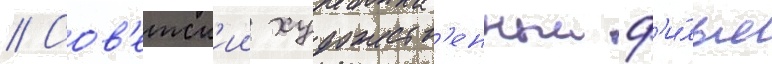
// Сов'етск'ии художеств'енныи ф'и́льм